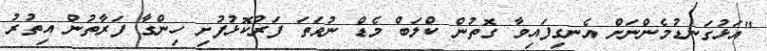
"އަޅުގަނޑުމެންނަށް އެނގިފައިވާ ގޮތުން ކްލަބް މެޑް ނުވަތަ ފަރުކޮޅުފުށި ހިންގާ ފަރާތުން އިތުރު